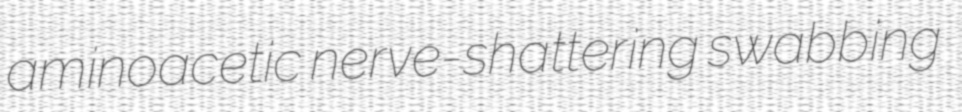
aminoacetic nerve-shattering swabbing